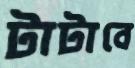
টাটাবে